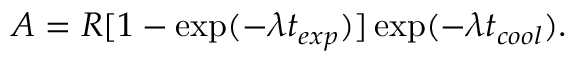
A = R [ 1 - \exp ( - \lambda t _ { e x p } ) ] \exp ( - \lambda t _ { c o o l } ) .